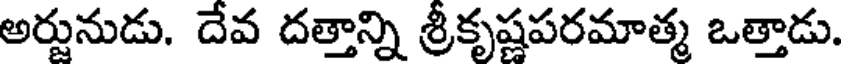
అర్జునుడు. దేవ దత్తాన్ని శ్రీకృష్ణపరమాత్మ ఒత్తాడు.